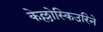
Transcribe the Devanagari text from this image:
केल्लोस्किउरिने